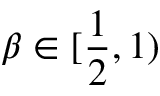
\beta \in [ \frac 1 2 , 1 )